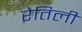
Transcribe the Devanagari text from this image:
रेतिली